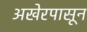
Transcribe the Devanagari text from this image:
अखेरपासून